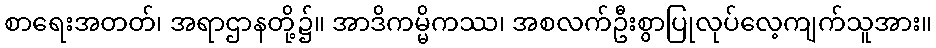
စာရေးအတတ်၊ အရာဌာနတို့၌။ အာဒိကမ္မိကဿ၊ အစလက်ဦးစွာပြုလုပ်လေ့ကျက်သူအား။